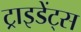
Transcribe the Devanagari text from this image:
ट्राइडेंट्स